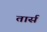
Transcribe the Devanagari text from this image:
तार्स